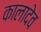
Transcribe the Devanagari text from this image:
कालादेव